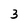
Character: 3